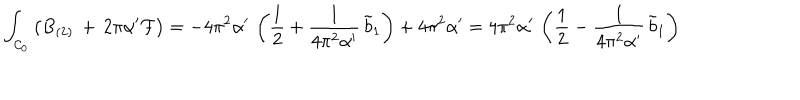
\int _ { { \cal C } _ { 0 } } \left( B _ { ( 2 ) } \, + \, 2 \pi \alpha ^ { \prime } { \cal F } \right) = - 4 \pi ^ { 2 } \alpha ^ { \prime } \, \left( \frac { 1 } { 2 } + \frac { 1 } { 4 \pi ^ { 2 } \alpha ^ { \prime } } \, \tilde { b } _ { 1 } \right) + 4 \pi ^ { 2 } \alpha ^ { \prime } = 4 \pi ^ { 2 } \alpha ^ { \prime } \, \left( \frac { 1 } { 2 } - \frac { 1 } { 4 \pi ^ { 2 } \alpha ^ { \prime } } \, \tilde { b } _ { 1 } \right)